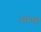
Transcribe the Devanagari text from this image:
अमह